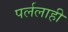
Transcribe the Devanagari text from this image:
पर्ललाही